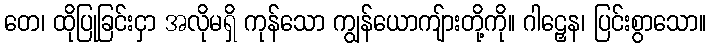
တေ၊ ထိုပြုခြင်းငှာ အလိုမရှိ ကုန်သော ကျွန်ယောကျ်ားတို့ကို။ ဂါဠှေန၊ ပြင်းစွာသော။